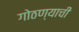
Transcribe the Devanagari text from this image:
गोठण्याची